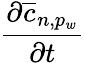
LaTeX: \frac{\partial\overline{{c}}_{n,p_{w}}}{\partial t}